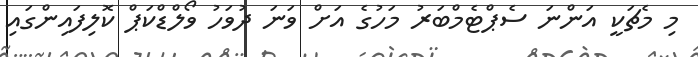
މި މެޗަކީ އަންނަ ސެޕްޓެމްބަރު މަހުގެ އަށް ވަނަ ދުވަހު ވޯލްޑްކަޕް ކޮލިފައިންގައި